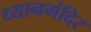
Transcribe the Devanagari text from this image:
ध्यानमंदिर